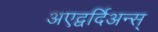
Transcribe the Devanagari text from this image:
अएद्वर्दिअन्स्